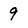
Character: 9